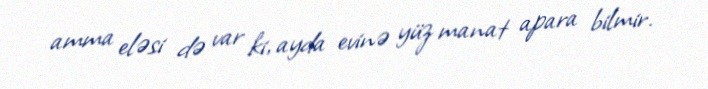
amma eləsi də var ki, ayda evinə yüz manat apara bilmir.